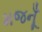
મજનૂઁ